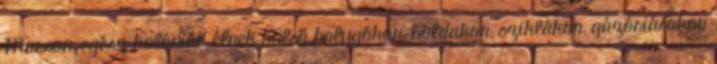
Marson, egész kolóniák élnek külső bolygókon, holdakon, sziklákon, gázóriásokon